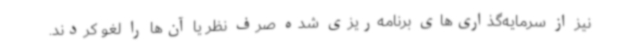
نیز از سرمایه‌گذاری‌های برنامه‌ریزی شده صرف نظر یا آن‌ها را لغو کردند.